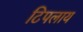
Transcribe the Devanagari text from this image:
टिपलाय